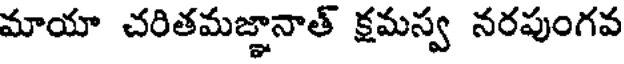
మాయా చరితమజ్ఞానాత్ క్షమస్వ నరపుంగవ